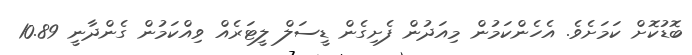
ބޮޑުކޮށް ކަމަށެވެ. އެހެންކަމުން މިއަދުން ފެށިގެން ޑީސަލް ލީޓަރެއް ވިއްކަމުން ގެންދާނީ 10.89